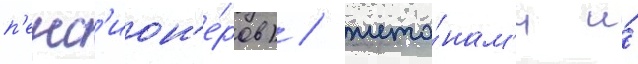
п'енс'ион'е́ров) / жето́нам'и и́